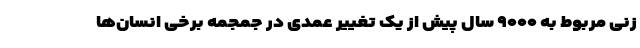
زنی مربوط به ۹۰۰۰ سال پیش از یک تغییر عمدی در جمجمه برخی انسان‌ها